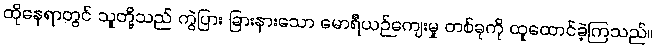
ထိုနေရာတွင် သူတို့သည် ကွဲပြား ခြားနားသော မောရီယဉ်ကျေးမှု တစ်ခုကို ထူထောင်ခဲ့ကြသည်။